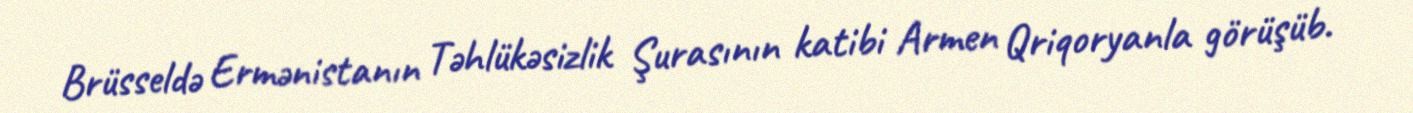
Brüsseldə Ermənistanın Təhlükəsizlik Şurasının katibi Armen Qriqoryanla görüşüb.